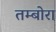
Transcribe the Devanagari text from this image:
तम्बोरा